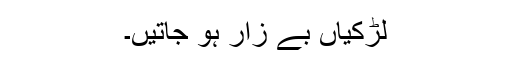
لڑکیاں بے زار ہو جاتیں۔